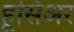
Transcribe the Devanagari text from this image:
हूसिअर